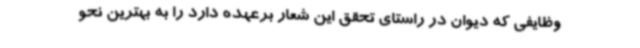
وظایفی که دیوان در راستای تحقق این شعار برعهده دارد را به بهترین نحو